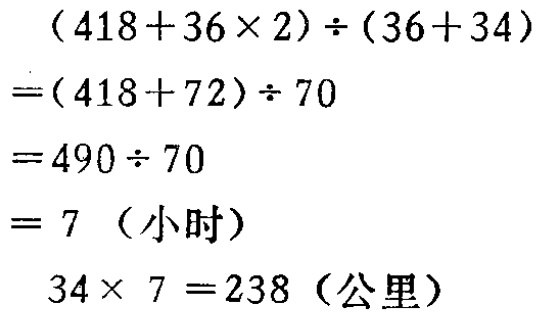
\[

\begin{align*}

&(418 + 36\times2)\div(36 + 34)\\

=&(418 + 72)\div70\\

=&490\div70\\

=&7 \text{（小时）}\\

&34\times7 = 238 \text{（公里）}

\end{align*}

\]